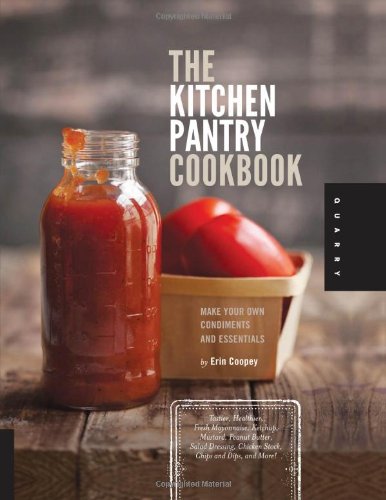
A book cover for The Kitchen Pantry Cookbook: Make Your Own Condiments and Essentials - Tastier, Healthier, Fresh Mayonnaise, Ketchup, Mustard, Peanut Butter, Salad Dressing, Chicken Stock, Chips and Dips, and More!; Erin Coopey; Cookbooks, Food & Wine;